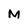
Character: M